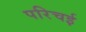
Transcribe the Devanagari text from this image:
परिचई